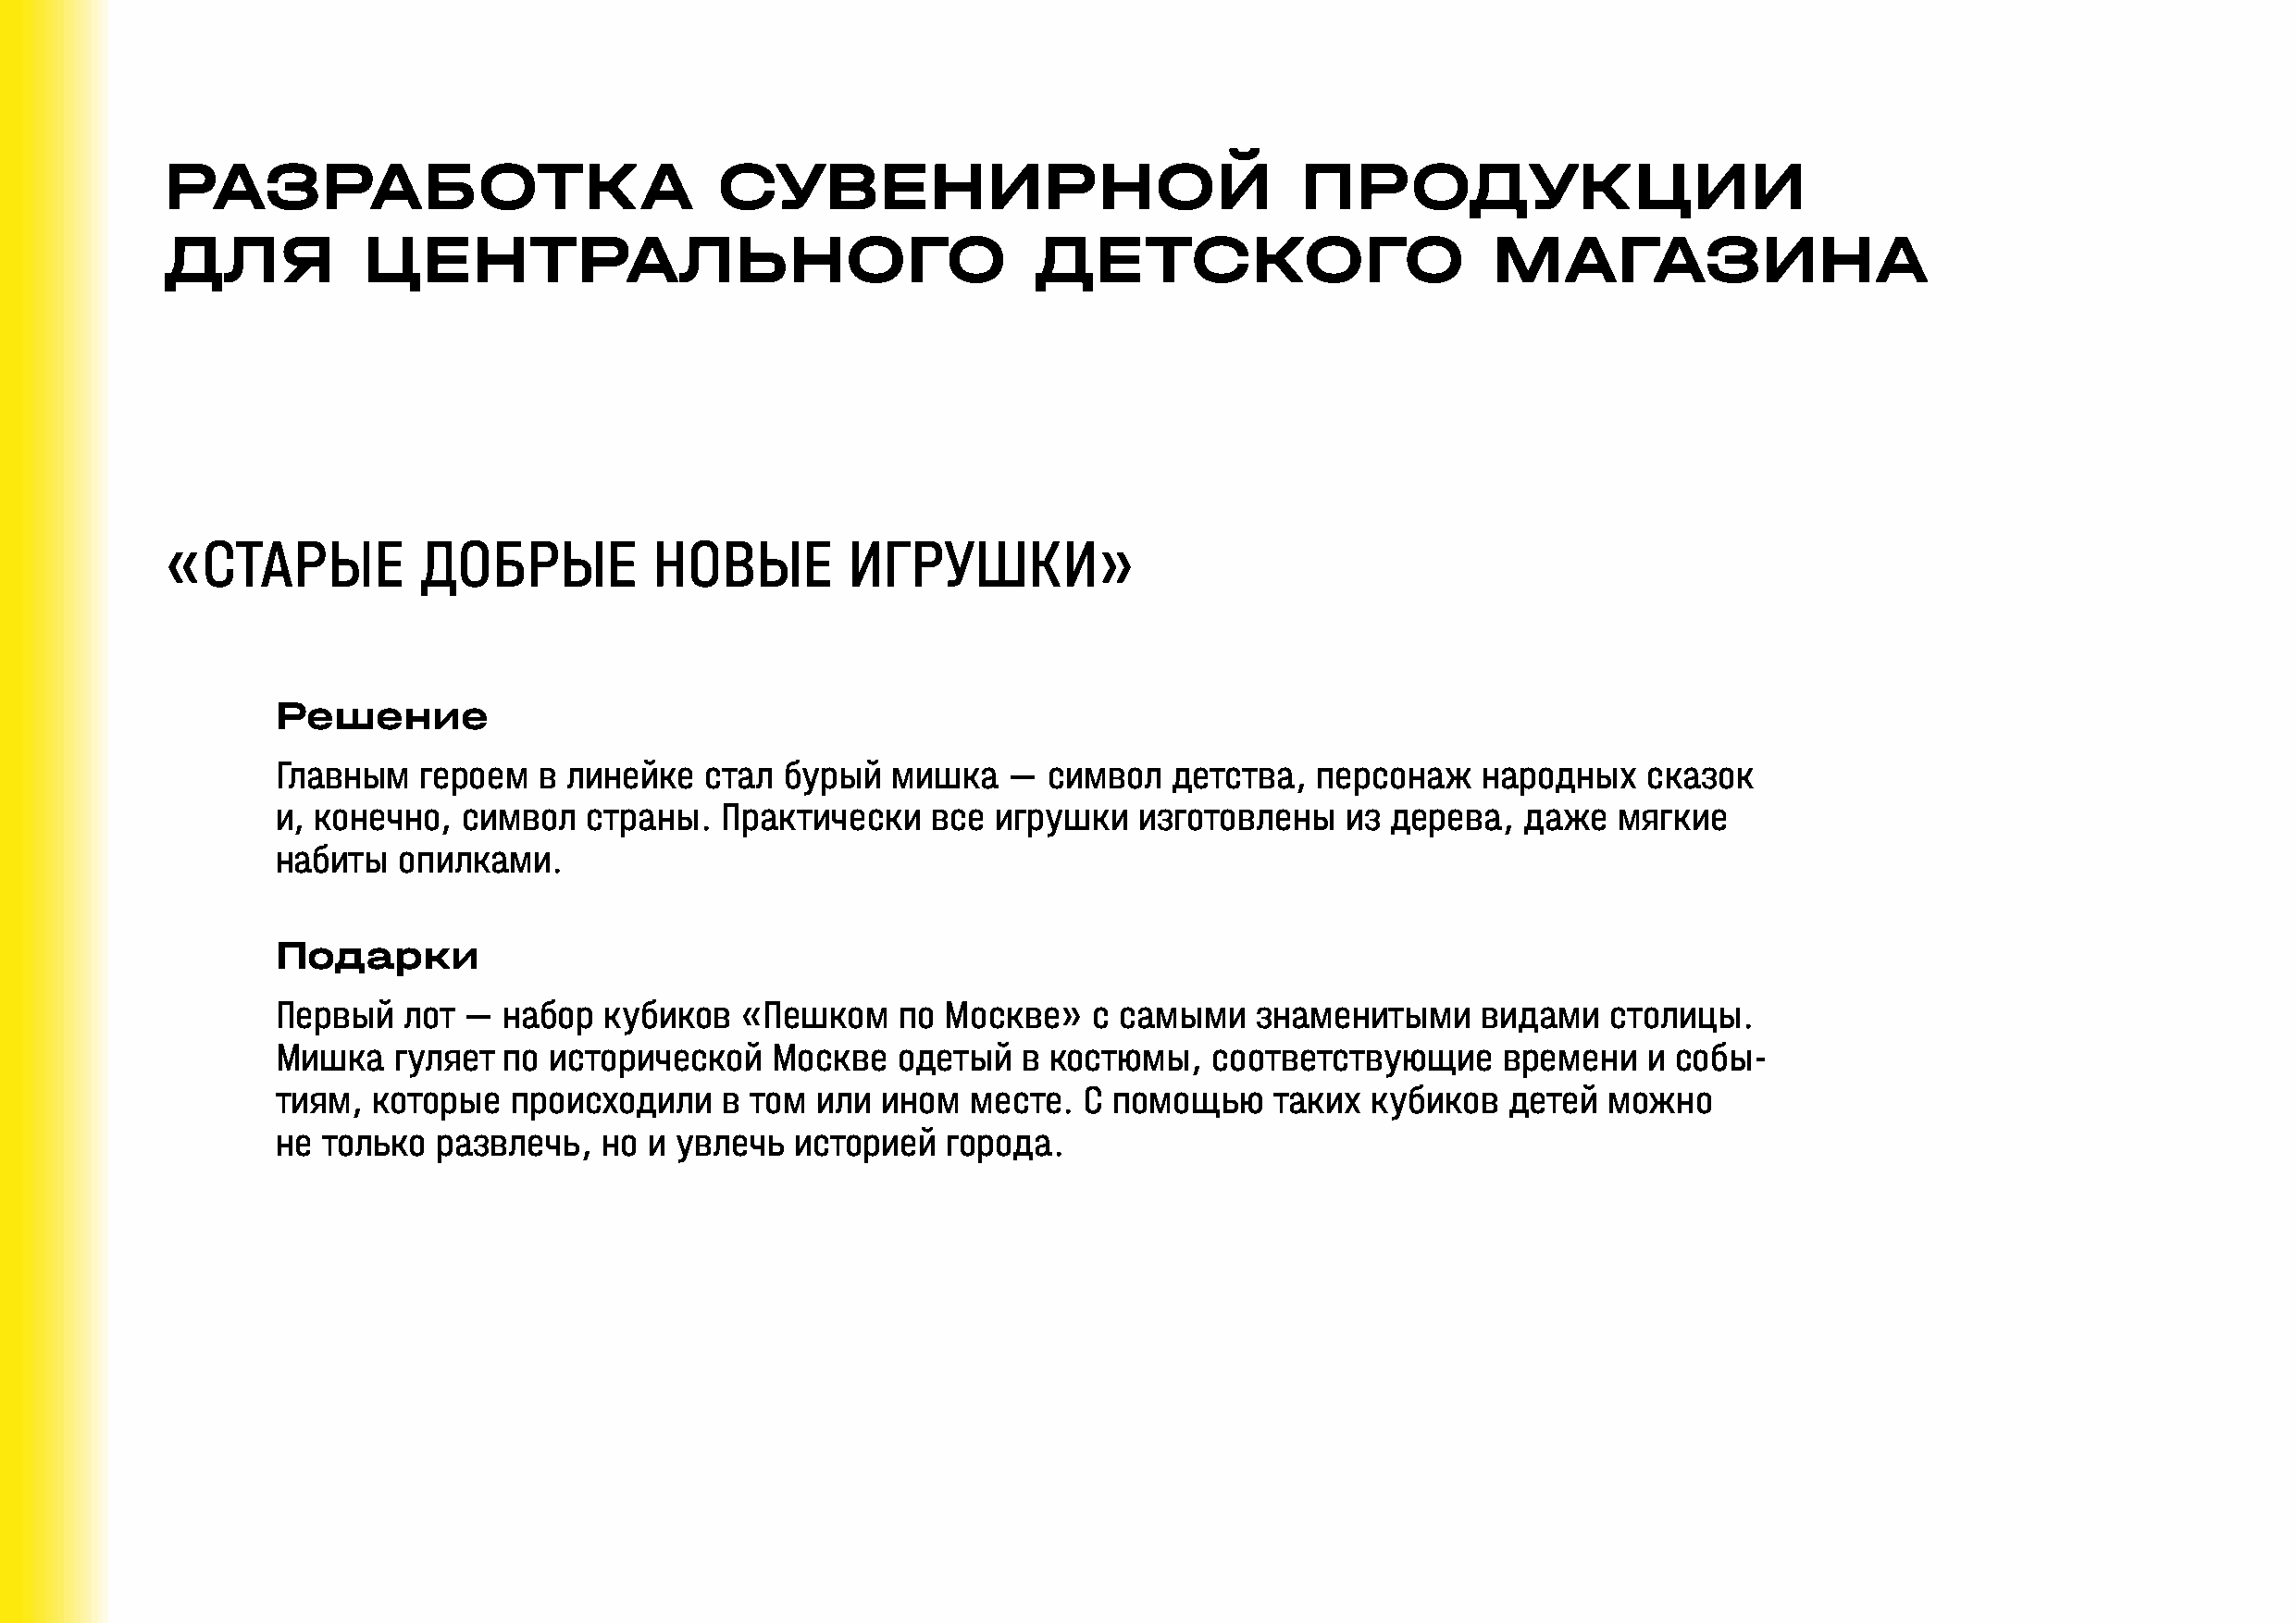
РАЗРАБОТКА                             СУВЕНИРНОЙ                                ПРОДУКЦИИ
 ДЛЯ           ЦЕНТРАЛЬНОГО                                    ДЕТСКОГО                         МАГАЗИНА
 «СТАРЫЕ           ДОБРЫЕ           НОВЫЕ         ИГРУШКИ»
 Решение
 Главным   героем   в линейке  стал  бурый   мишка   —  символ   детства,  персонаж    народных    сказок
 и, конечно,  символ   страны.   Практически    все игрушки   изготовлены    из дерева,   даже   мягкие
 набиты   опилками.
 Подарки
 Первый   лот —  набор  кубиков   «Пешком    по  Москве»   с самыми    знаменитыми     видами   столицы.
 Мишка   гуляет  по исторической    Москве   одетый   в костюмы,    соответствующие      времени   и собы-
 тиям,  которые   происходили    в том или  ином  месте.  С  помощью    таких  кубиков   детей  можно
 не только  развлечь,   но и увлечь   историей   города.